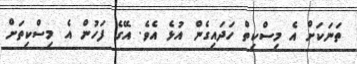
ތަނަކަށް އެ މިސްކިތް ހަދައިގެން އުޅެ އެވެ. އޭގެ ފަހުން އެ މިސްކިތަށް